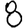
Digit: 8